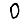
Digit: 0